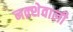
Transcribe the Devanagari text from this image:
नक़्शेवाली